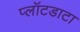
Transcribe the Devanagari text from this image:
प्लॉटडाटा